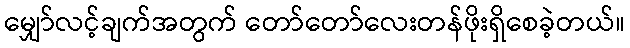
မျှော်လင့်ချက်အတွက် တော်တော်လေးတန်ဖိုးရှိစေခဲ့တယ်။